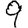
Digit: 9